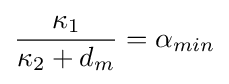
{\frac {\kappa _{1}}{\kappa _{2}+d_{m}}}=\alpha _{min}